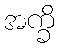
အက္ခိ